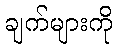
ချက်များကို